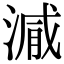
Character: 𣺁